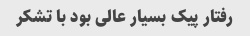
رفتار پیک بسیار عالی بود با تشکر